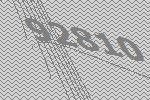
92810